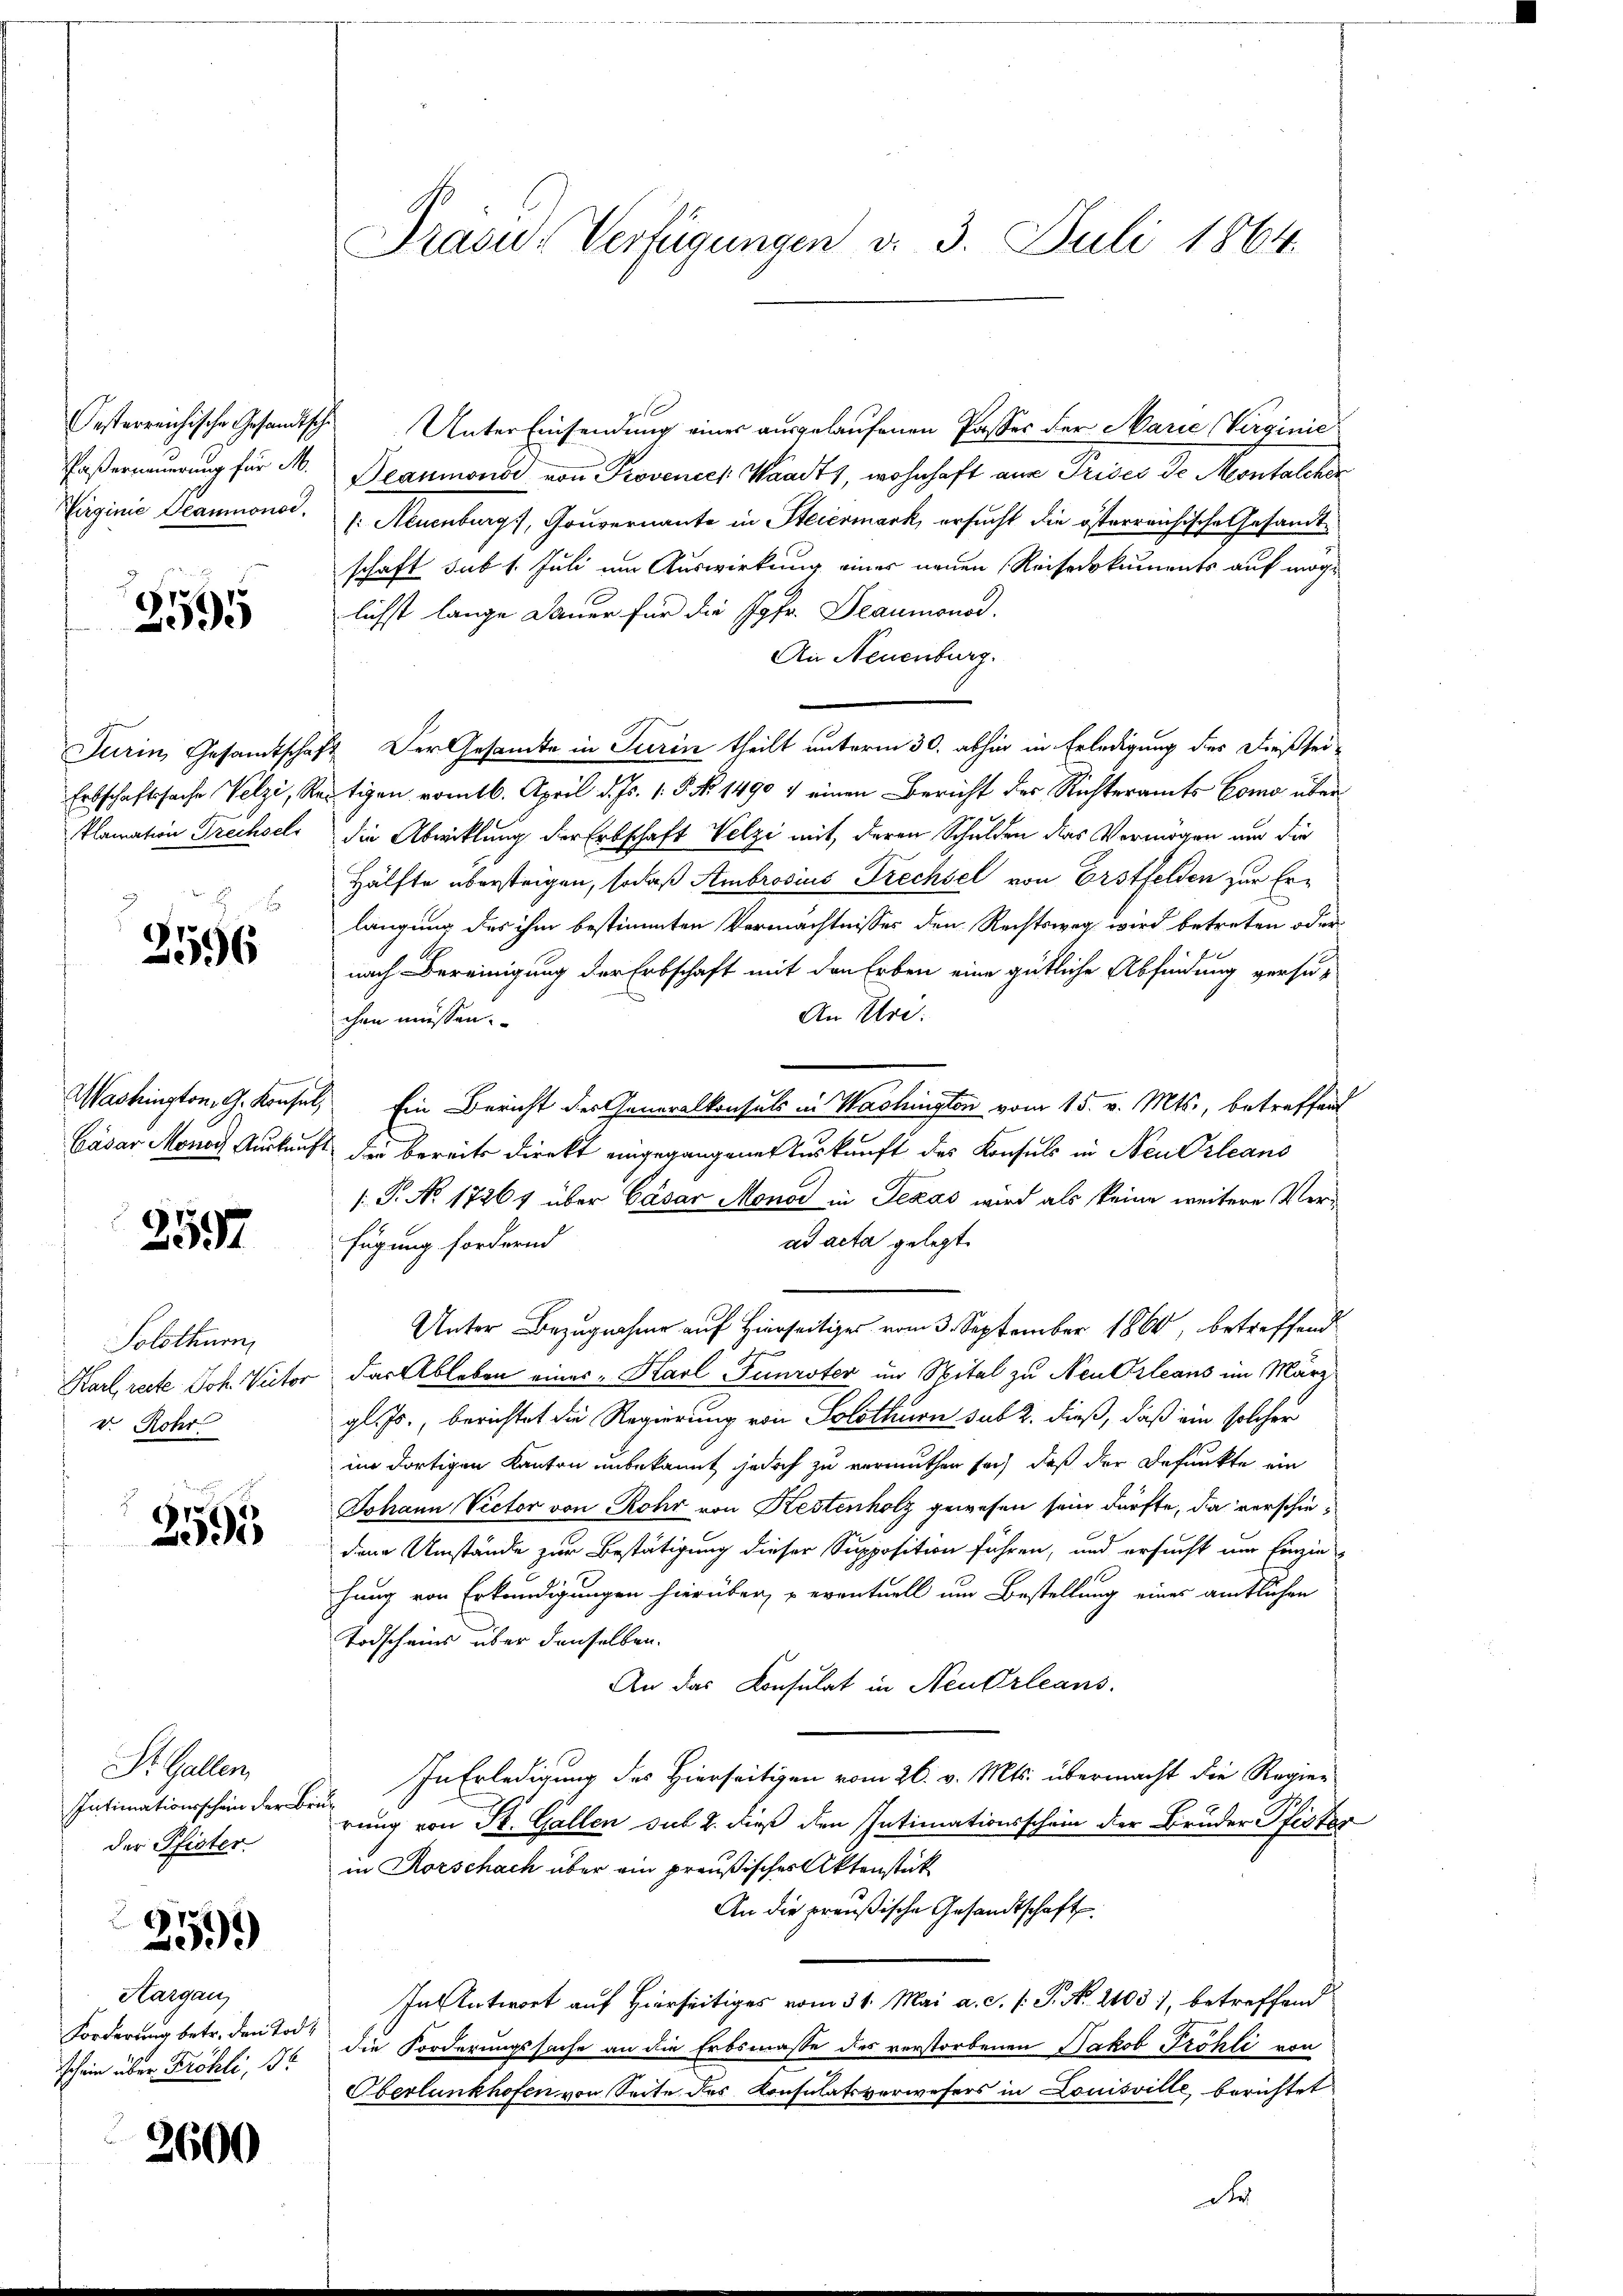
2595

s
2596

2557

Solothurn,
v. Rohr

3595

St. Gallen,
Intimationsschein der Bruder Pfister

259)

Hargau,
Forderung betr. den Tod¬

3600

f
Oesterreichische Gesandtsche Unter Einsendung eines ausgelaufenen Passer der Marie Virginie
Paserneŭerŭng für M. Beaumonar von Provenies Waadt, wohnhaft aus Prises de Montalcher
Virginie Beaumons. f. Neuenburg, Gouvernante in Steiermark, ersucht die österreichische Gesandtschaft sub 1. Juli um Auswirkung einer neuen Reisedokuments auf möge
lichst lange Dauer für die Jgfr. Deaumonod.
An Neuenburg.
Turin, Gesamtschaft Der Gesamte in Turin theilt unterm 30. abhin in Erledigung des dießsei¬
Erbschaftssache Velzi, Reitigen vom 16. April d. Js. 1. 5. No. 1490 / einen Bericht der Richteramts Como über¬
Plamation Frechsels die Abwicklung der Erbschaft Volzi mit deren Schulden das Vermögen und die
Hälfte übersteigen, sodaß Ambrosius Frechsel von Erstfelden zur Erlangung des ihm bestimmten Vermächtnisses den Rechtsweg wird betreten oder
nach Bereinigung der Erbschaft mit den Erben eine gütliche Abfindung versu¬
An Uri.
chen müssen.
Washington, G. Konsul, Ein Bericht der Generalkonsuls in Washington vom 15. v. Mts., betreffend
Cäsar Monos Auskunft der bereits direkt eingegangener Auskunft des Konsuls in Neu Orleans
/: P. No 17867 über Cäsar Monar in Texas wird als keine weitere Verad acta gelegt.
fügung fordernd
Unter Bezugnahme auf Hierseitiges vom 3. September 1860, betreffend
Karl reste Joh. Victor das Ableben eines " Karl Funrster im Spital zu Neu Orleans im März
gl. Js., berichtet die Regierung von Solothurn sub 2. dieß, daß ein solcher
im dortigen Kanton unbekannt jedoch zu vermuthen sich, daß der Befunkte ein
Johann Victor von Rohr von Kestenholz gewesen sein dürfte, da verschiediene Umstände zur Bestätigung dieser Supposition führen, und ersucht im Einzie
hung von Erkundigungen hierüber, reventuell um Bestellung eines amtlichen
Todscheins über denselben.
An das Konsulat in Neuerleans
In Erledigung des Hierseitigen vom 26. v. Mts. übermacht die Regier
rung von St. Gallen sub 2. dieß den Intimationsschein der Bruder Pfister
in Rorschach über ein preußisches Aktenstück
An die preußische Gesandtschaft
In Antwort auf Hierseitiges vom 31. Mai a. c. l. J. No. 2103), betreffend
schein über Fröhli, 76 die Forderungssache an die Erbsmasse des verstorbenen Jakob Fröhli von
Oberlunkhofen von Seite des Konsulatsverwesers in Louisville, berichtet
dr

Präsid-Verfügungen d. 3. Juli 1864.